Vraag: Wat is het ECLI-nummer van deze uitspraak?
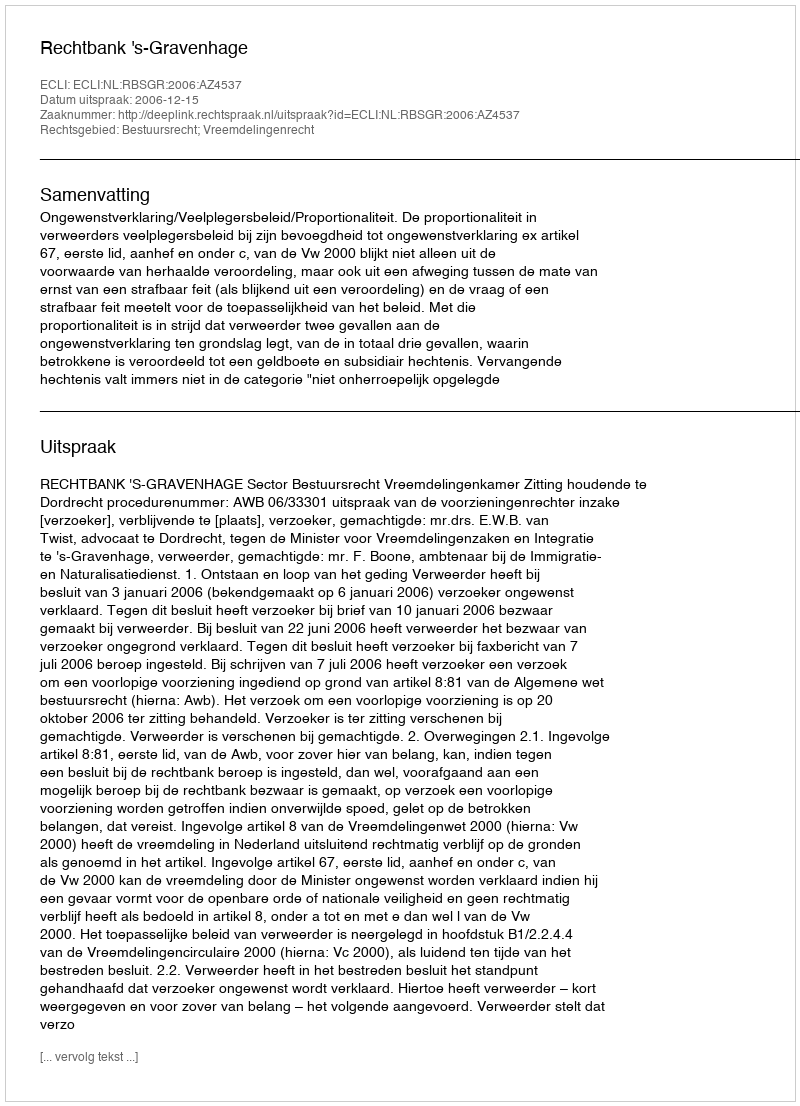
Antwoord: ECLI:NL:RBSGR:2006:AZ4537